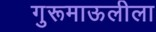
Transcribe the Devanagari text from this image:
गुरूमाऊलीला